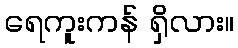
ရေကူးကန် ရှိလား။